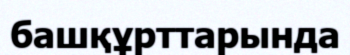
башқұрттарында